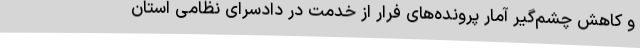
و کاهش چشم‌گیر آمار پرونده‌های فرار از خدمت در دادسرای نظامی استان